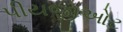
પીયજીઓટ